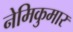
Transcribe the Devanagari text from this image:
नेमिकुमार